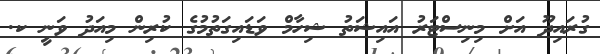
ގުރައިދޫ އަށް މިނިސްޓަރު އައިޝަތު ޝިހާމް ވަޑައިގަތުމުގެ ކުރިން މިއަދު ވަނީ ކ.